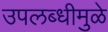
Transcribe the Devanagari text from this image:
उपलब्धीमुळे